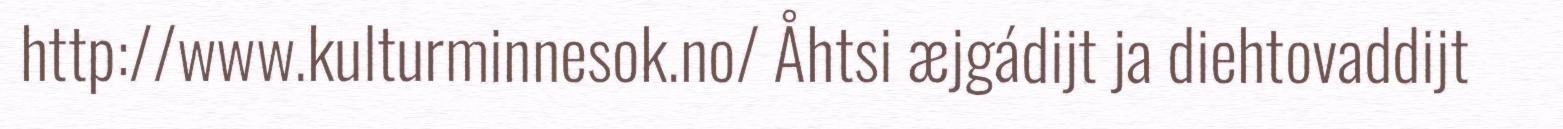
http://www.kulturminnesok.no/ Åhtsi æjgádijt ja diehtovaddijt